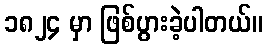
၁၈၂၄ မှာ ဖြစ်ပွားခဲ့ပါတယ်။